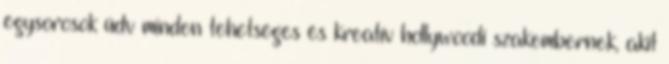
egysorosok üdv minden tehetséges és kreatív hollywoodi szakembernek, akit